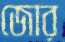
জোর